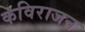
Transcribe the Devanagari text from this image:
कविराजन